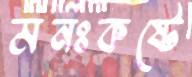
মনঃকষ্টে